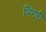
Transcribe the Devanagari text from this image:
भिंगरी